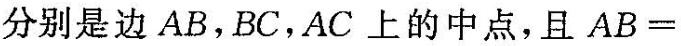
分别是边AB，BC，AC上的中点，且$$A B =